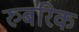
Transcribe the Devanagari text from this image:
रुबरिक